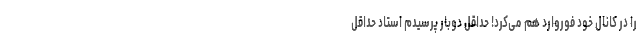
را در کانال خود فوروارد هم می‌کرد! حداقل دوبار پرسیدم استاد حداقل